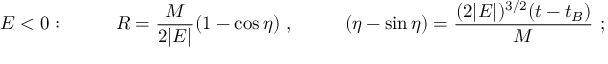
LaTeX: E < 0 : ~ ~ ~ ~ ~ ~ ~ ~ R = { \frac { M } { 2 | E | } } ( 1 - \cos \eta ) ~ , ~ ~ ~ ~ ~ ~ ~ ~ ( \eta - \sin \eta ) = { \frac { ( 2 | E | ) ^ { 3 / 2 } ( t - t _ { B } ) } { M } } ~ ;